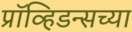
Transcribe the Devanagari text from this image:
प्रॉव्हिडन्सच्या